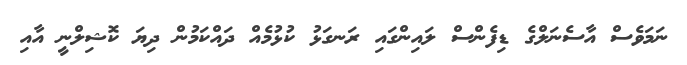
ނަމަވެސް އާސެނަލްގެ ޑިފެންސް ލައިންގައި ރަނގަޅު ކުޅުމެއް ދައްކަމުން ދިޔަ ކޮޝިލްނީ އާއި